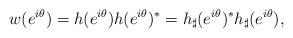
LaTeX: \begin{align*}w(e^{i\theta}) = h(e^{i\theta}) h(e^{i\theta})^*= h_{\sharp}(e^{i\theta})^*h_{\sharp}(e^{i\theta}), \end{align*}